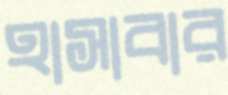
হাসাবার